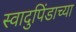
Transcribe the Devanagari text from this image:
स्वादुपिंडाच्या